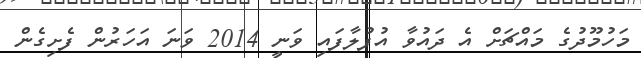
މަހުމޫދުގެ މައްޗަށް އެ ދައުވާ އުފުލާފައި ވަނީ 2014 ވަނަ އަހަރުން ފެށިގެން